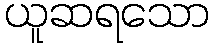
ယူဆရသော